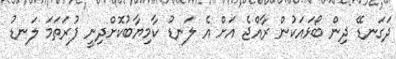
ދަގަނޑޭ ދިން ބޯޅައަކުން ރާއްޖެ އަށް އެ ލަނޑު ކާމިޔާބުކޮށްދިނީ ފުރަތަމަ ލަނޑު